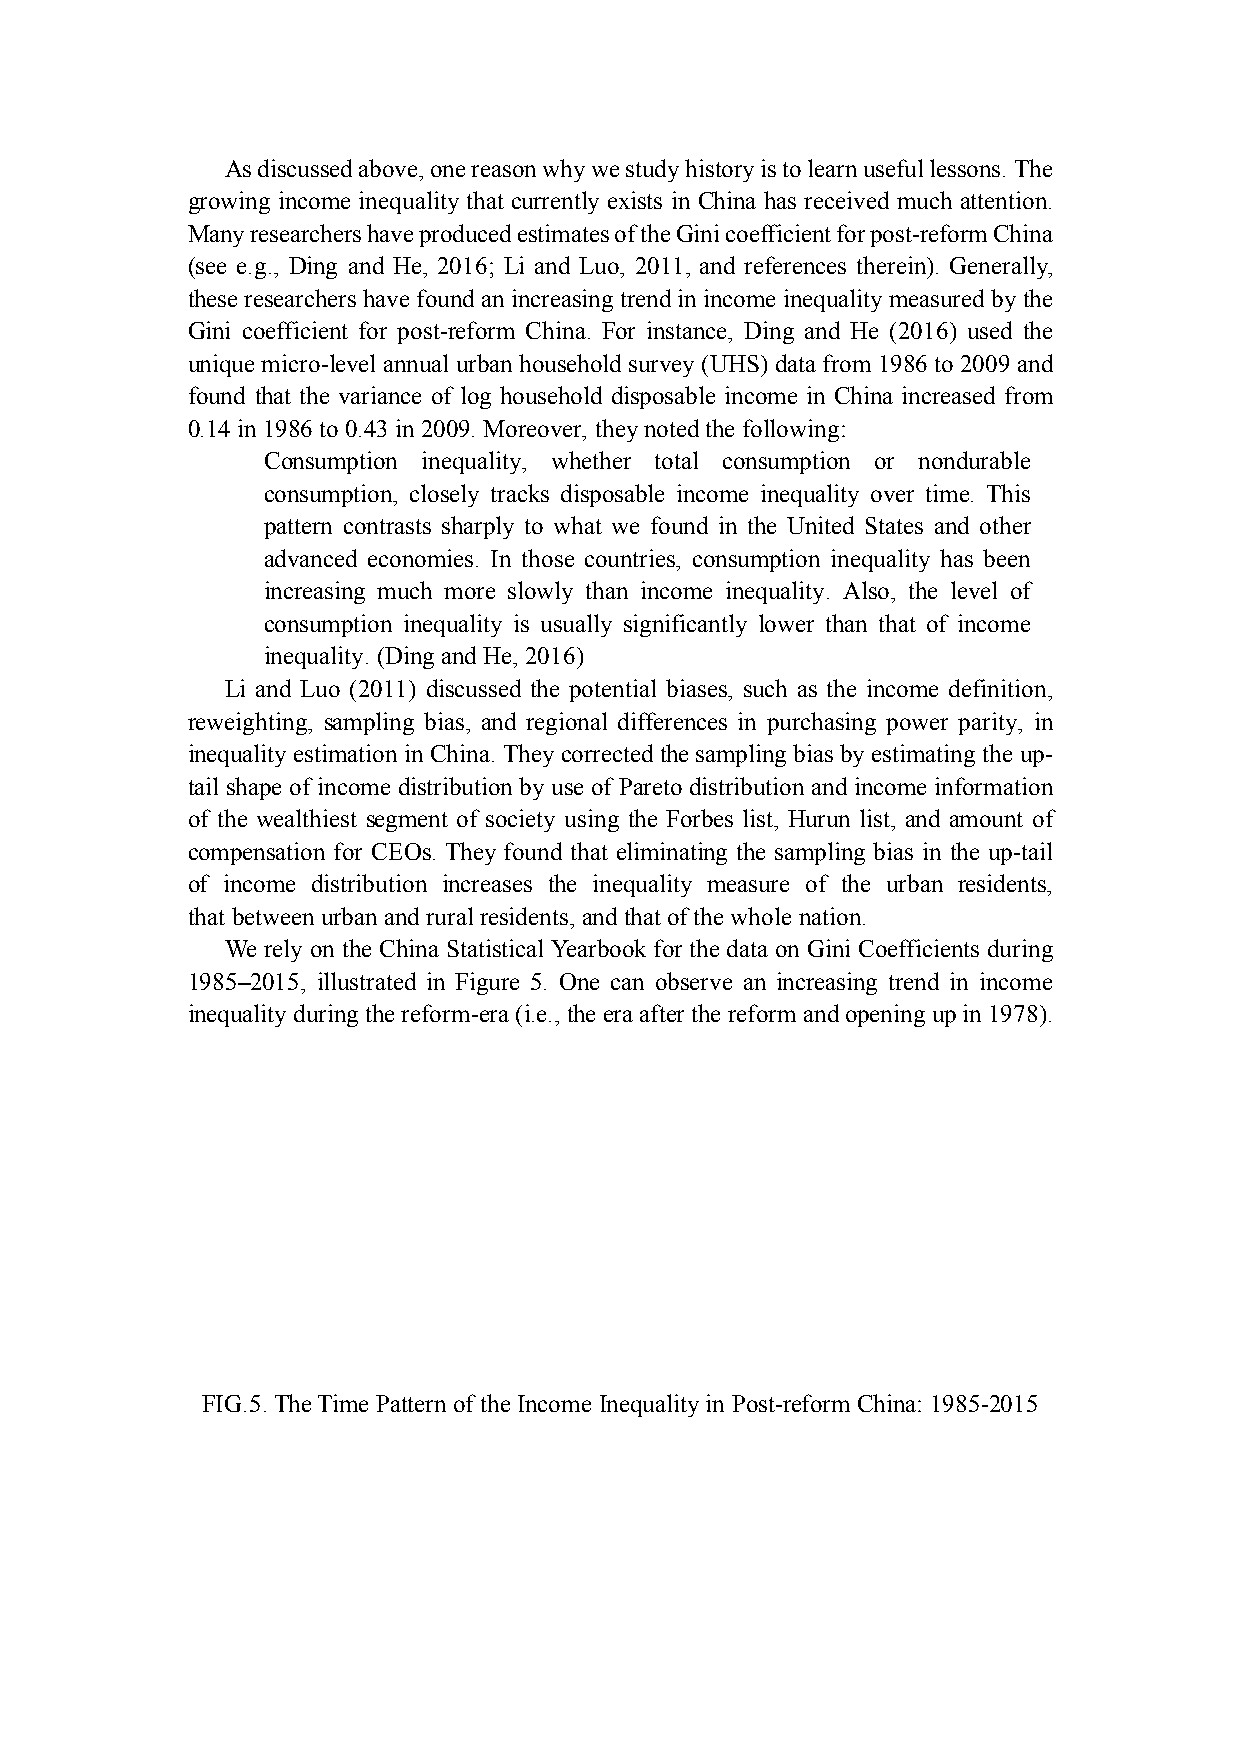
As discussed above, one reason why we study history is to learn useful lessons. The
 growing income inequality that currently exists in China has received much attention.
 Many researchers have produced estimates of the Gini coefficient for post-reform China
 (see e.g., Ding and He, 2016; Li and Luo, 2011, and references therein). Generally,
 these researchers have found an increasing trend in income inequality measured by the
 Gini coefficient for post-reform China. For instance, Ding and He (2016) used the
 unique micro-level annual urban household survey (UHS) data from 1986 to 2009 and
 found that the variance of log household disposable income in China increased from
 0.14 in 1986 to 0.43 in 2009. Moreover, they noted the following:
 Consumption inequality, whether total consumption or nondurable
 consumption, closely tracks disposable income inequality over time. This
 pattern contrasts sharply to what we found in the United States and other
 advanced economies. In those countries, consumption inequality has been
 increasing much more slowly than income inequality. Also, the level of
 consumption inequality is usually significantly lower than that of income
 inequality. (Ding and He, 2016)
 Li and Luo (2011) discussed the potential biases, such as the income definition,
 reweighting, sampling bias, and regional differences in purchasing power parity, in
 inequality estimation in China. They corrected the sampling bias by estimating the up-
 tail shape of income distribution by use of Pareto distribution and income information
 of the wealthiest segment of society using the Forbes list, Hurun list, and amount of
 compensation for CEOs. They found that eliminating the sampling bias in the up-tail
 of income distribution increases the inequality measure of the urban residents,
 that between urban and rural residents, and that of the whole nation.
 We rely on the China Statistical Yearbook for the data on Gini Coefficients during
 1985–2015, illustrated in Figure 5. One can observe an increasing trend in income
 inequality during the reform-era (i.e., the era after the reform and opening up in 1978).
 FIG.5. The Time Pattern of the Income Inequality in Post-reform China: 1985-2015